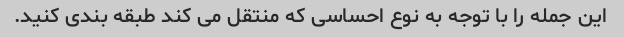
این جمله را با توجه به نوع احساسی که منتقل می کند طبقه بندی کنید.